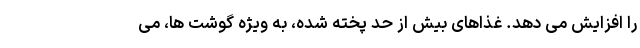
را افزایش می دهد. غذاهای بیش از حد پخته شده، به ویژه گوشت ها، می